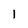
Character: l